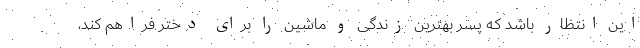
این انتظار باشد که پسر بهترین زندگی و ماشین را برای دختر فراهم کند،